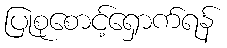
ပြုစုစောင့်ရှောက်ရန်